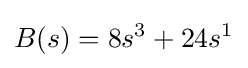
B(s)=8s^{3}+24s^{1}